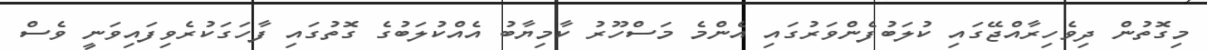
މިގޮތުން ދިވެހިރާއްޖޭގައި ކުލަބުފެންވަރުގައި އެންމެ މަސްހޫރު ކާމިޔާބު އެއްކުލަބުގެ ގޮތުގައި ފާހަގަކުރެވިފައިވަނީ ވެސް